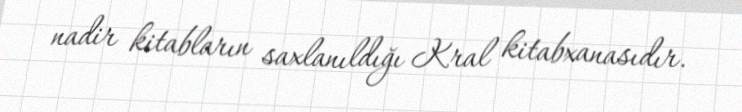
nadir kitabların saxlanıldığı Kral kitabxanasıdır.